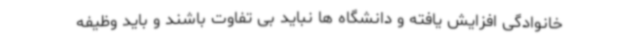
خانوادگی افزایش یافته و دانشگاه ها نباید بی تفاوت باشند و باید وظیفه